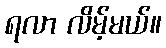
ရလာ လိမ့်မယ်။